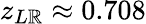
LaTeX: z_{L\mathbb{R}}\approx0.708